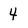
Character: 4